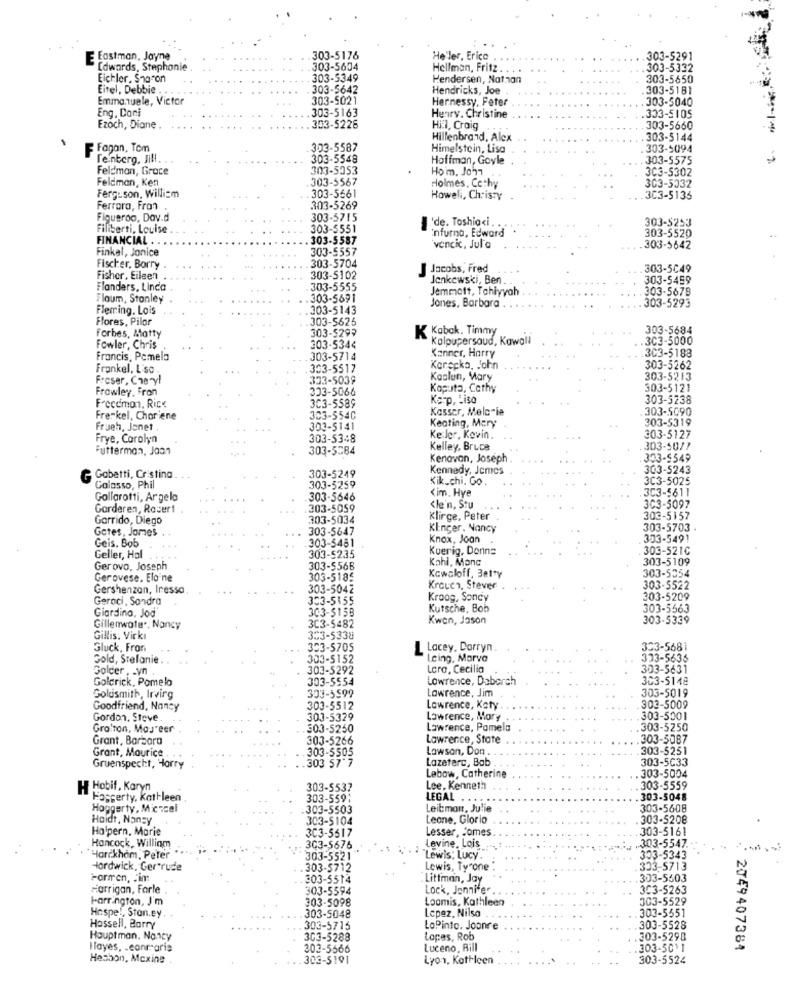
Eastman, Jayne
303-5176
Heller, Erica
303-5291
Edwards, Stephanie
303-5604
Hellman, Fritz . .
303-5332
Eichler, Sharon
303-5349
Hendersen, Nat.han
303-5650
Eitel, Debbie .
303-5642
Hendricks, Joe
303-5181
Emmanuele, Victor
303-5021
Hernessy, Feter
303-5040
Eng. Coni
303-5163
Henry. Christine
303-5105
Ezoch, Diane .
.303-5226
Hitl, Craig
303-5660
Hillenbrand, Alex
303-5144
Fanan, Tom
303-5587
Himelstein, Lisa
303-2094
Tenberg, Jill
303-5548
Hoffman, Goyle
. 303-5575
Feldman, Grace
303-5353
Hom. John
3C3-5302
Feldman, Ken
303-5567
Holmes, Cathy
303-5032
Ferguson, William
303-5561
Howell, ChrisTy
303-5135
Ferrara, Fron
303-5269
Figueroa, Dav.d
303-5715
'de. Toshiaci ..
Filiberti, Louise
303-5551
-
nfurna, Edward
303-5253
FINANCIAL .
303-5587
303-5520
Finkel, Jonice
303-5557
vencic, Jula
303-5642
Fischer, Borry .
303-5704
Jacobs, Fred
303-5049
Fisher, Eileen
303-5102
Jenkewski, Ben.
303-5459
Flanders, Linda
303-5555
Jemmatt, Tahiyyah
303-5678
Flaum, Stanley
303-5691
Jones, Barbara
303-5293
Fleming. Lois
303-5143
Flores, Pilar
303-5625
303-5293
K Kabak, Timmy
303-5684
Forbes, Matty
Kalpupersaud, Kawall
.303-5000
Fowler, Chris
303-5344
Kanner, Harry
Francis, Pamela
303-5714
.303-5188
Frankel, L'so
303-5517
Korecka, John
303-5262
Fraser, Cheryl
333-5039
Koslun, Mary
303-5213
Frawley, Fron
333-5066
Kasuta, Cathy
303-5121
3C3-5589
Karp, Liso
303-5238
Freccmon, Rick
Kasser, Melanie
303-5090
Fre-kel, Choriene
303-5540
Keating, Mary
303-5319
Frueh, Jonet
303-5141
Frye, Carolyn
...
303-5348
Ke:ler, Kevin.
303-5127
Futterman, Jaan
303-5584
Kelley, Bruce
303-5077
Kenavan, Joseph
303-5549
303-5249
Kennedy, Jemes
303-5243
Gabetti, Cristina.
Kik .. chi. Go .
3C3-5025
Colosso, Phil
303-5259
<im. Hye
3C3-5611
Gollarotti, Argela
303-5646
Garderen, Roser1
303-5059
<le'n, Stu
3C3-5097
Garrido, Diego
303-5034
Klirge, Peter
303-5157
Gates, James
303-5647
Klinger. Nancy
303-5703
Geis. Bob
303-5481
Knox, Joan
303-5491
Kuerig, Donna
303-5210
Geller, Hal
303-5235
Kohl, Manc
303-5109
Gerovo, Joseph
303-556B
303-5354
Gerovese. Elo ne
303-5185
Kowaloff, Betty
Gershenzon, Inesso
303-5042
Krouen, Stever
303-5522
Geraci, Sandra
03-5155
Kroog, Soncy
303-5209
Giardino, Jod
303-515B
Kutsche, Bob
303-5563
Kwen, Jason
303-5339
Gillenwater, Nancy
3C3-5482
Gillis. Virkı
303-5338
Gluck, Fron
303-5705
Lacey, Darryn
333-568
Gold, Stefanie. .
303-5152
cing, Marva
333-5635
Golder , _ yn
303-5292
Loro, Cecilia
303-5631
Goldrick, Pomelo
303-5554
Lowrence, Daborch
303-5148
Lawrence, Jim
303-5019
Goldsmith, Irving
303-5599
Goodfriend, Nancy
303-5512
Lowrence, Katy
303-5009
Gordon, Steve.
303-5329
Lawrence, Mory
303-5001
Gro ton, Mas'eer
503-5250
Lawrence, Pamela
303-5250
Grant, Barbara
303-5266
Lawrence, State
.303-5087
303-5505
Lawson, Don .
303-5251
Grant, Maurice
.303 57-7
Lazeterc, Bab .
303-5C33
Gruenspecht, Horry
303-5004
Lebow, Catherine
H Hobif, Karyn
303-5537
Lee, Kenneth
303-5559
Hasperty, Kathleen
303-559:
LEGAL
. 303-5048
Hoggerty, Michcel
.303-5503
Leitmon, Julie
303-5608
Haidt, Nancy
303-5104
Leone, Glorio
303-5208
Halpern, Marie
3C3-5517
Lesser, Comes
303-5161
Hancock, William
303-5676
Levine, Lois
303-5547
Harckham , Peter
303-552
"Lewis; Lucy.
303-5343
Hardwick, Gertrude
303-5712
Lewis, Tyrone
333-5713
Formen, Jim
303-5514
Littman, Jay
303-5603
Harrigan, Farle
303-5594
Lock, Jennifer .
303-5263
I-arrington, J'm
303-5098
Loomis, Kathleen
303-5529
Hospe !, Ston.ey
Lepez, Nilsa
303-5551
303-5048
Hassell, Barry
303-5715
LoPinto. Joonre
303-5528
Hauptman. Nancy
303-5288
Lopes, Rob
.303-5298
Hayes, . canraris
302-5566
Luceno, Bill
.303-5011
2049407384
Hesbon, Mexine .
303-5191
Lyon, Kathleen
303-5524